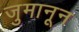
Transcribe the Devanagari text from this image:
जुमानून